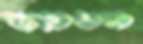
জয়ধন